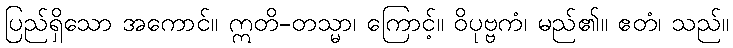
ပြည်ရှိသော အကောင်။ ဣတိ-တသ္မာ၊ ကြောင့်။ ဝိပုဗ္ဗကံ၊ မည်၏။ ဧတံ၊ သည်။